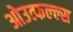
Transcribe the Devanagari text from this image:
ओउत्फल्ल्स